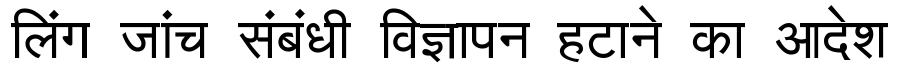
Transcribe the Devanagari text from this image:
लिंग जांच संबंधी विज्ञापन हटाने का आदेश